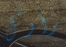
رأوك